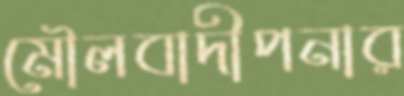
মৌলবাদীপনার